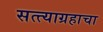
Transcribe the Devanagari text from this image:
सत्त्याग्रहाचा